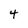
Character: 4